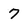
Character: 7